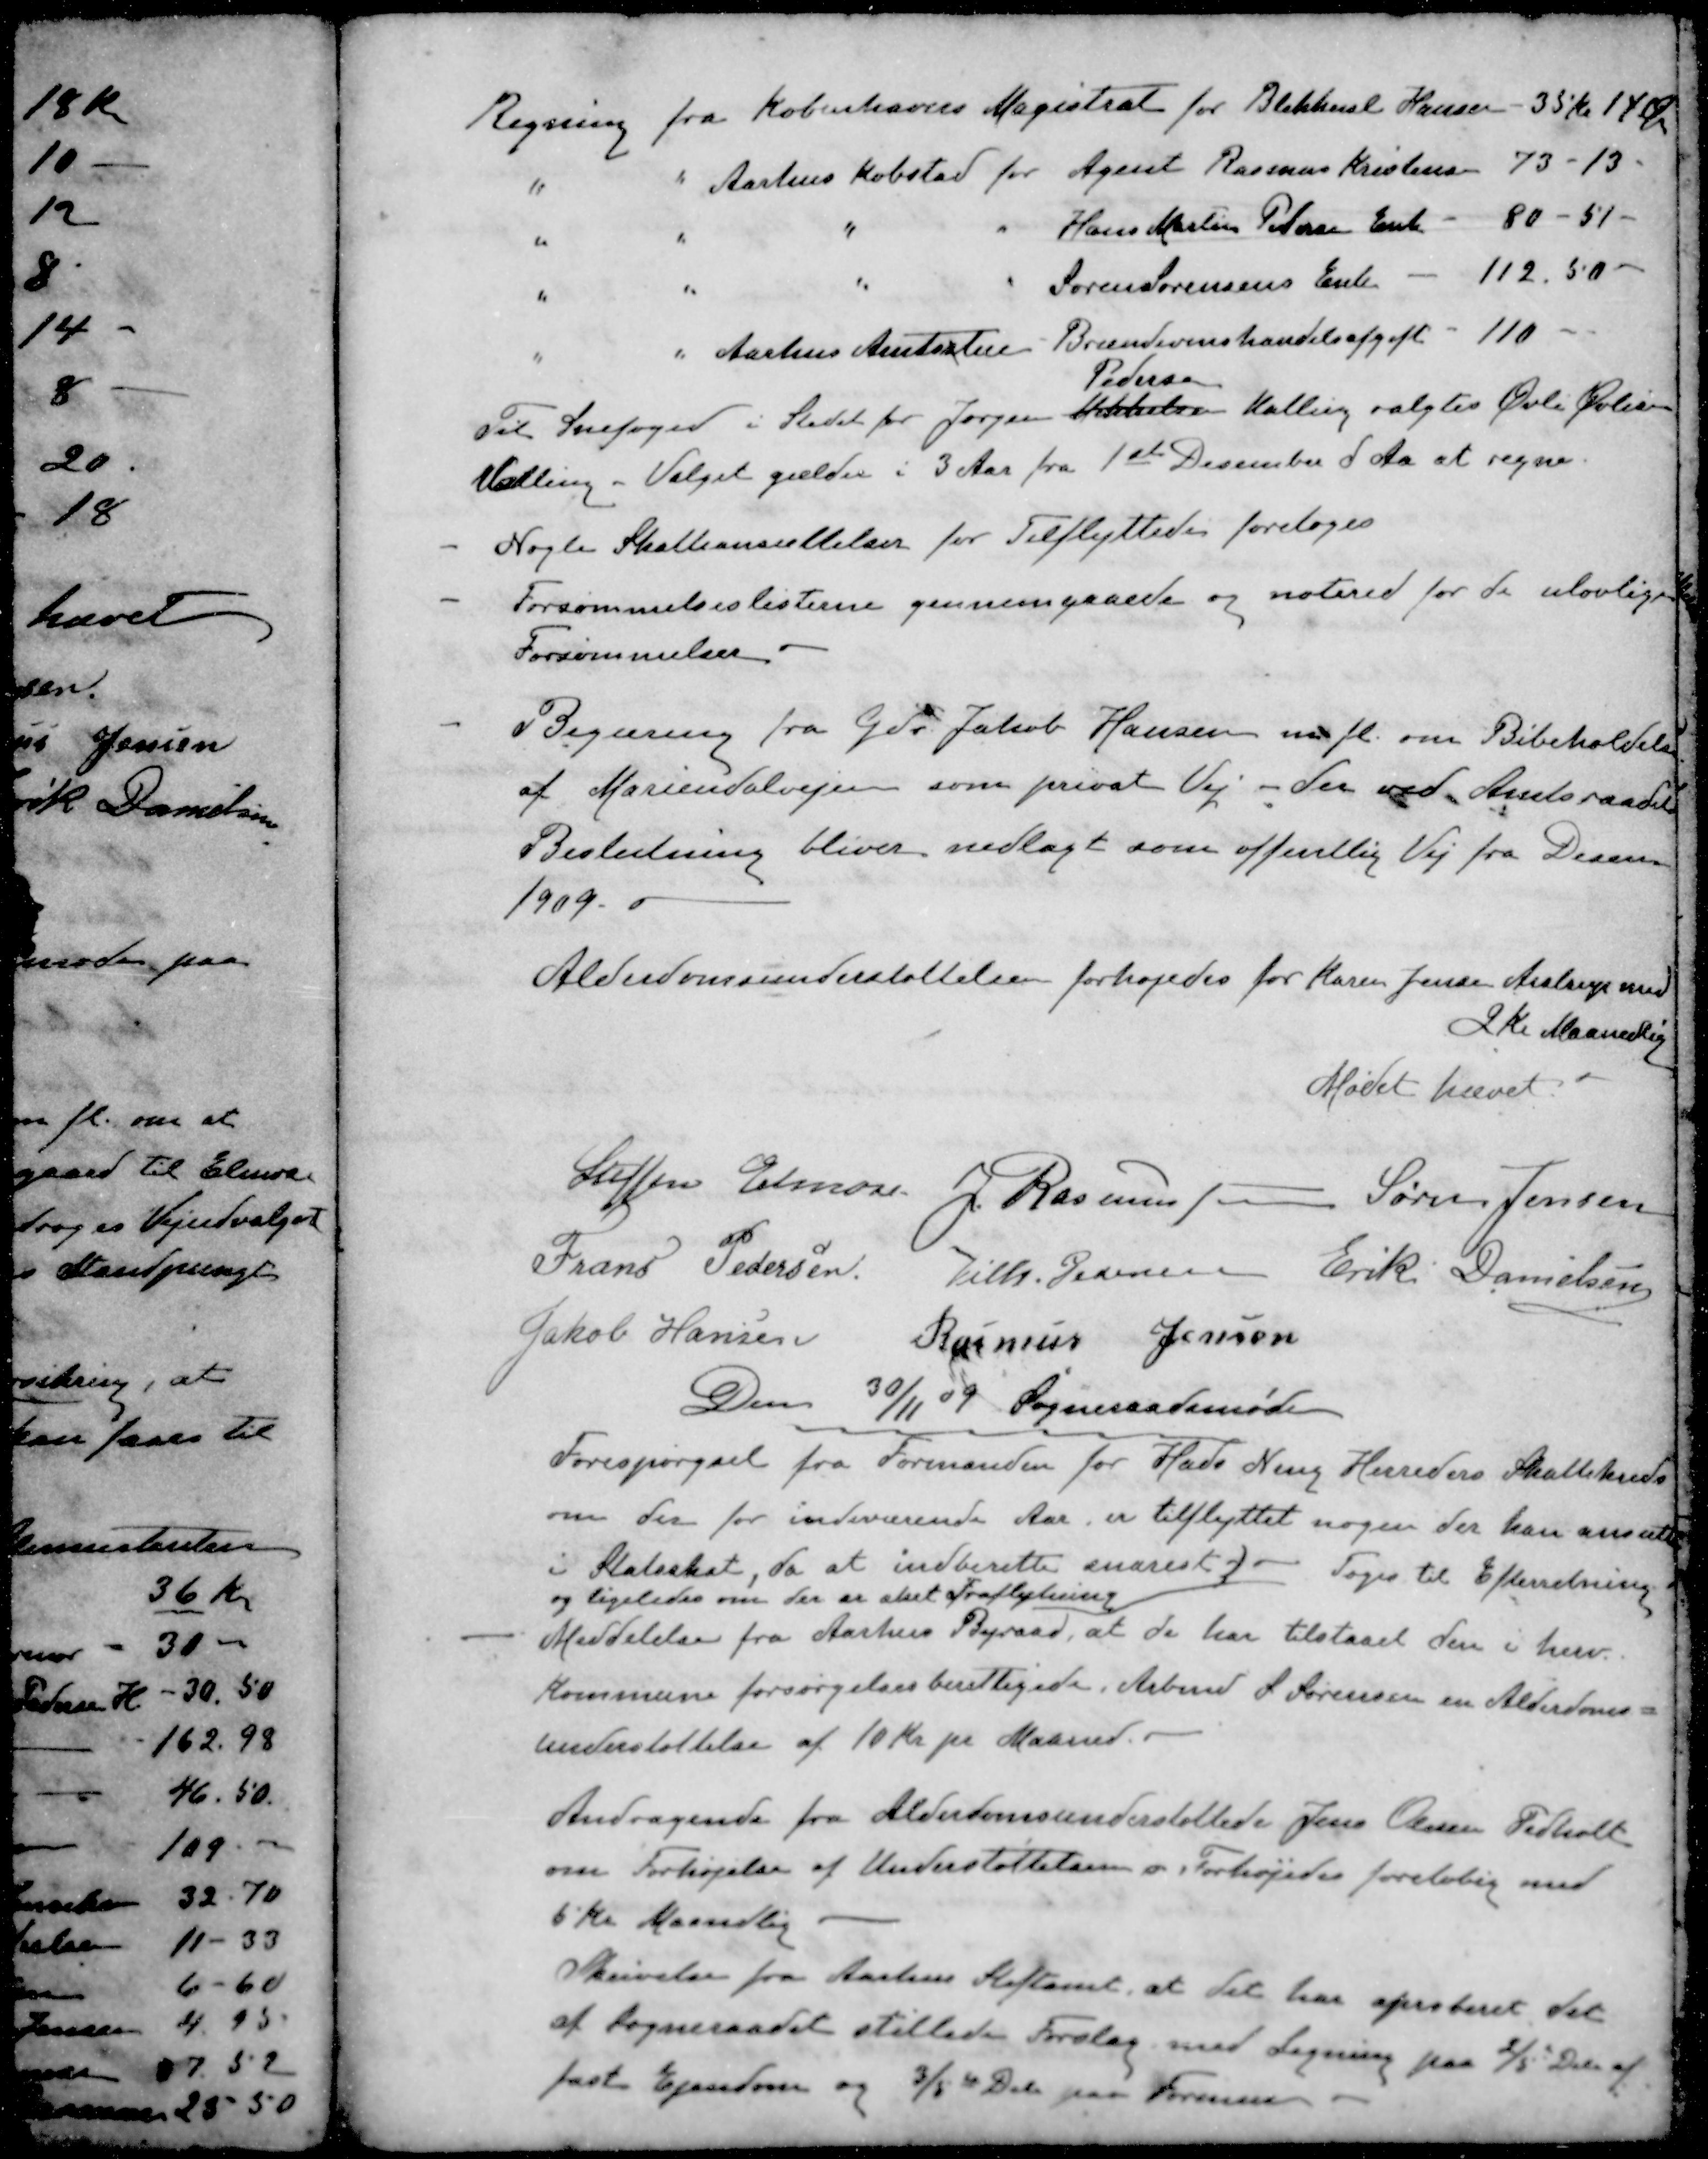
Transskription:
Regning fra Københavns Magistrat for Blikkensl Hansen 35 kr 14 Øre
" " Aarhus Købstad for Agent Rasmus Kristensen 73 - 13
" " " " Hans Martin Petersen Enke - 80 - 51 -
" " " " Søren Sørensens Enke - 112.50 -
" " Aarhus Amtsstue Brændevinshandelsafgift - 110
Pedersen
Til Snefoged i Stedet for Jørgen Mikkelsen Malling valgtes Øvli Øvlisen
Malling. Valget gælder i 3 Aar fra 1ste December d Aa at regne.
- Nogle Skatteansættelser for Tilflyttede foretoges
- Forsømmelseslisterne gennemgaaede og notered for de ulovlige
Forsømmelser
- Begæring fra Gdr Jakob Hansen m. fl. om Bibeholdelse
af Mariendalvejen som privat Vej - der ved Amtsraadet
Beslutning bliver nedlagt som offentlig Vej fra Decem
1909.
Alderdomsunderstøttelsen forhøjedes for Karen Jensen Aistrup med
2 Kr Maanedlig
Mødet hævet
Steffen Elmose
J. Rasmussen
Søren Jensen
Frans Pedersen
Vilh. Pedersen
Erik Danielsen
Jakob Hansen
Rasmus Jensen
Den 30/11 09 Sogneraadsmøde
Forespørgsel fra Formanden for Hads Ning Herreders Skattekreds
om der for indeværende Aar er tilflyttet nogen der han ansætt
i Statsskat, da at indberette snarest
og ligeledes om der er sket Fraflytning
Toges til Efterretning
- Meddelelse fra Aarhus Byraad, at de har tilstaaet den i herv.
Kommune forsørgelsesberettigede, Arbmd S Sørensen en Alderdoms-
understøttelse af 10 Kr pr Maaned.
Andragende fra Alderdomsunderstøttede Jens Olesen Pedholt
om Forhøjelse af Understøttelsen. Forhøjedes foreløbig med
5 Kr Maanedlig
Skrivelse fra Aarhus Stiftamt, at det har aproteret det
af Sogneraadet stillede Forslag med Ligning paa 15 Dele af
fast Ejendom og 3/5 Del paa Formue